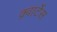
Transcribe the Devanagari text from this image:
क़्वार्टेस